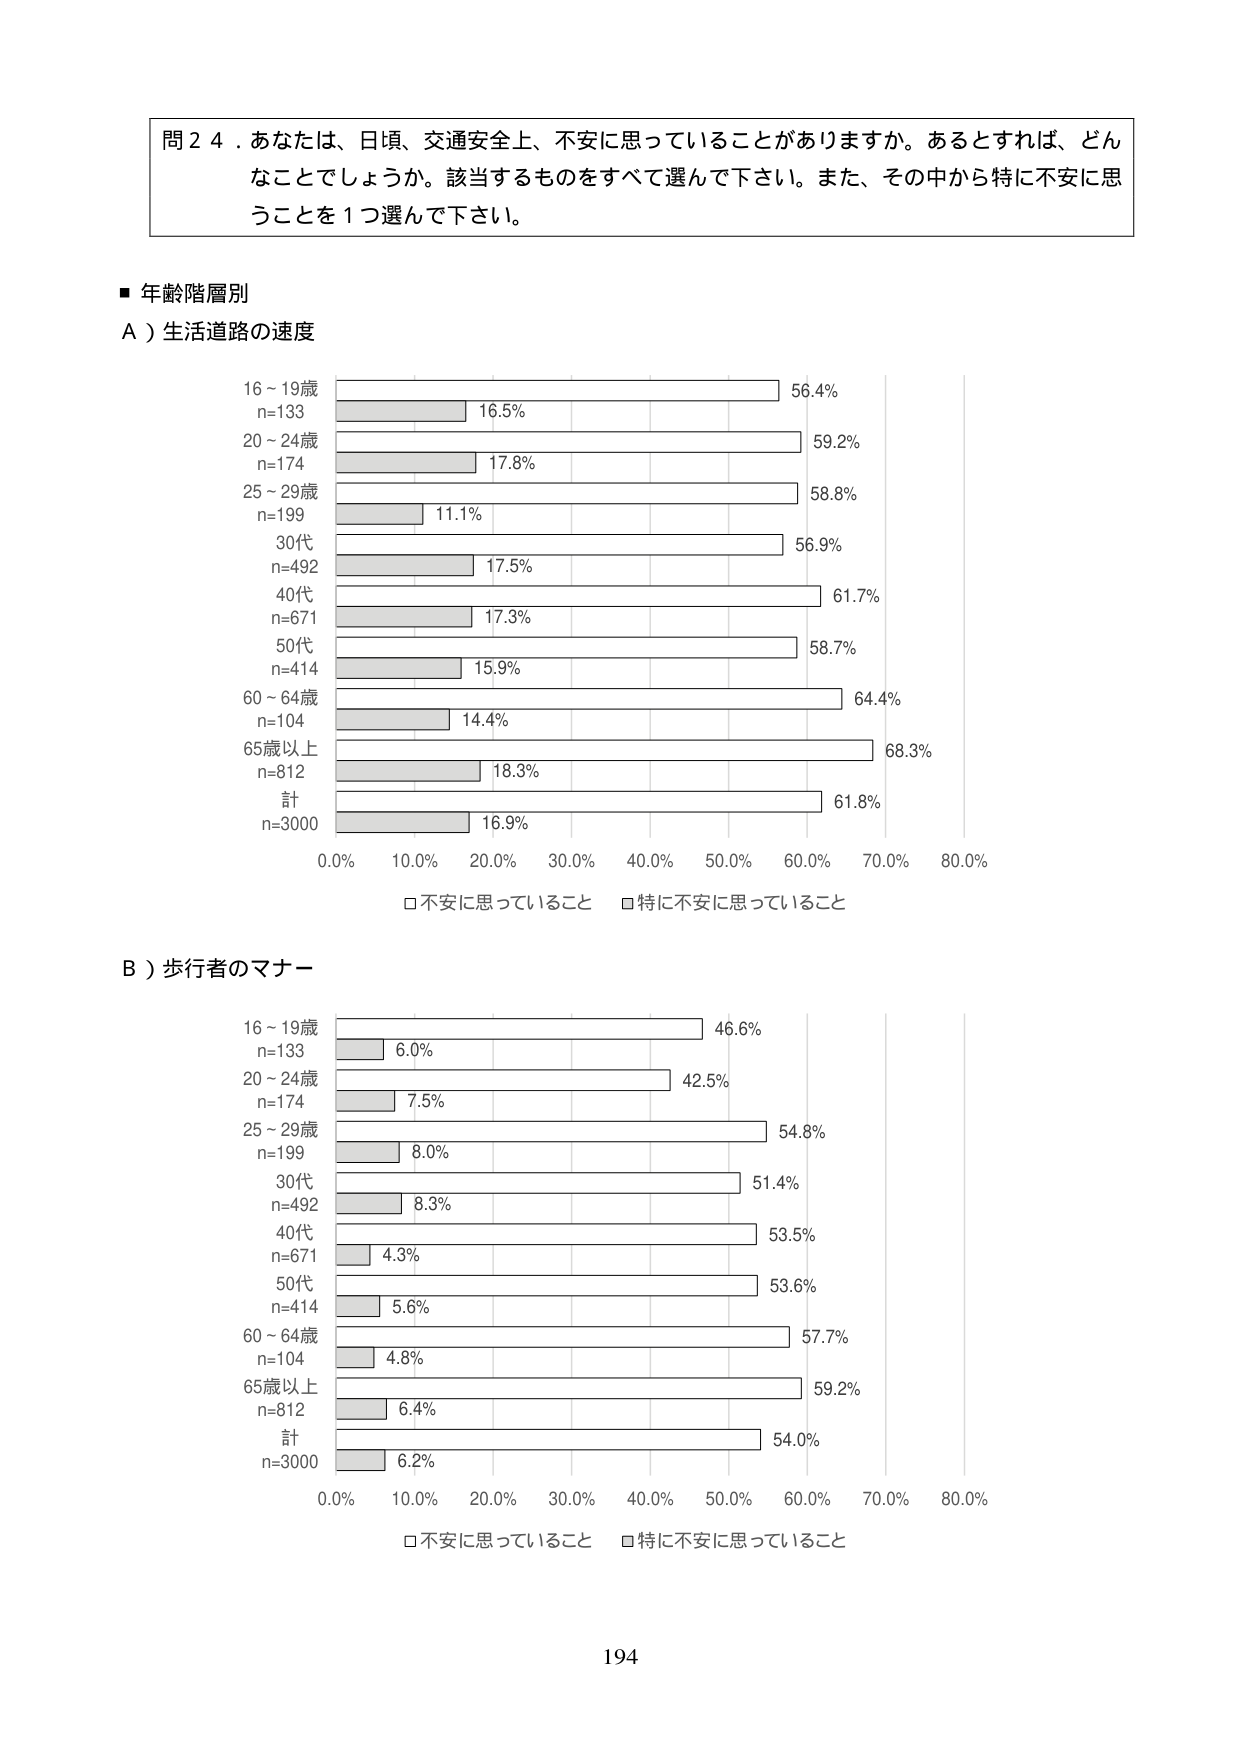
問２４．あなたは、日頃、交通安全上、不安に思っていることがありますか。あるとすれば、どんなことでしょうか。該当するものをすべて選んで下さい。また、その中から特に不安に思うことを１つ選んで下さい。

■ 年齢階層別

Ａ）生活道路の速度

16～19歳
n=133
16.5% 56.4%

20～24歳
n=174
17.8% 59.2%

25～29歳
n=199
11.1% 58.8%

30代
n=492
17.5% 56.9%

40代
n=671
17.3% 61.7%

50代
n=414
15.9% 58.7%

60～64歳
n=104
14.4% 64.4%

65歳以上
n=812
18.3% 68.3%

計
n=3000
16.9% 61.8%

0.0% 10.0% 20.0% 30.0% 40.0% 50.0% 60.0% 70.0% 80.0%

□不安に思っていること □特に不安に思っていること

Ｂ）歩行者のマナー

16～19歳
n=133
6.0% 46.6%

20～24歳
n=174
7.5% 42.5%

25～29歳
n=199
8.0% 54.8%

30代
n=492
8.3% 51.4%

40代
n=671
4.3% 53.5%

50代
n=414
5.6% 53.6%

60～64歳
n=104
4.8% 57.7%

65歳以上
n=812
6.4% 59.2%

計
n=3000
6.2% 54.0%

0.0% 10.0% 20.0% 30.0% 40.0% 50.0% 60.0% 70.0% 80.0%

□不安に思っていること □特に不安に思っていること

194